Scottish Leaving Certificate Examination, 1958
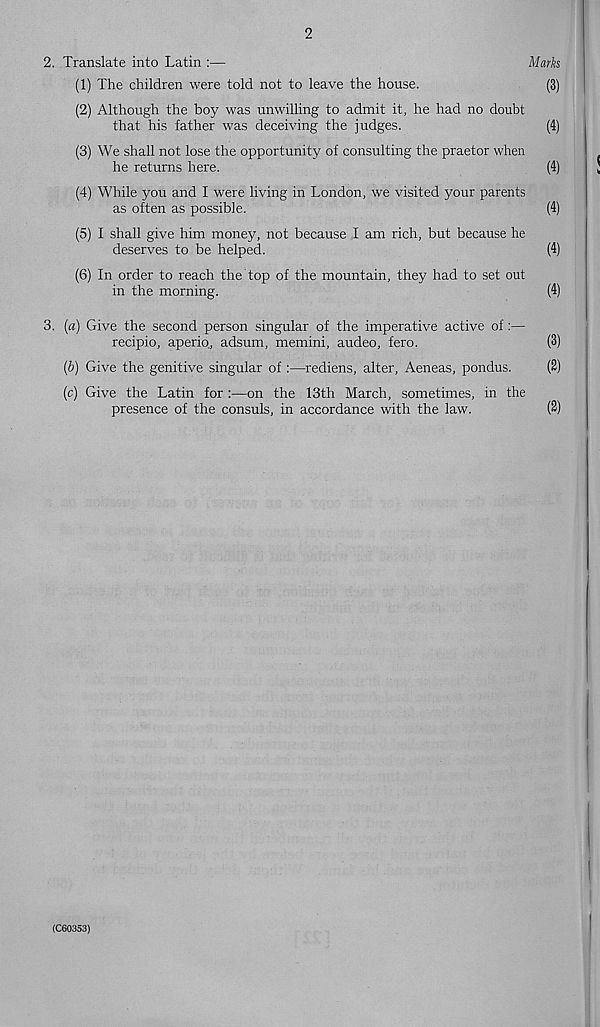
2
2. Translate into Latin :—
Marks
(1) The children were told not to leave the house.
(3)
(2) Although the boy was unwilling to admit it, he had no doubt
that his father was deceiving the judges.
(4)
(3) We shall not lose the opportunity of consulting the praetor when
he returns here.
(4)
(4) While you and I were living in London, we visited your parents
as often as possible.
(4)
(5) I shall give him money, not because I am rich, but because he
deserves to be helped.
(4)
(6) In order to reach the top of the mountain, they had to set out
in the morning.
(4)
3. (a) Give the second person singular of the imperative active of:—
recipio, aperio, adsum, memini, audeo, fero.
(3)
(b) Give the genitive singular of :—rediens, alter, Aeneas, pondus.
(2)
(c) Give the Latin for :—on the 13th March, sometimes, in the
presence of the consuls, in accordance with the law.
(2)
(C60353)